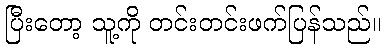
ပြီးတော့ သူ့ကို တင်းတင်းဖက်ပြန်သည်။